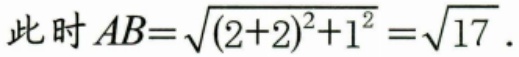
此时 \(AB = \sqrt{(2 + 2)^2+1^2}=\sqrt{17}\).